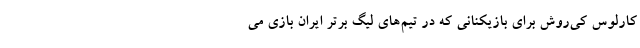
کارلوس کی‌روش برای بازیکنانی که در تیم‌های لیگ برتر ایران بازی می